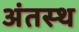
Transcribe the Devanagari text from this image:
अंतस्‍थ